Annual report of the Punjab Veterinary College and of the Civil Veterinary Department, Punjab - 1926-1932
Year: 1926
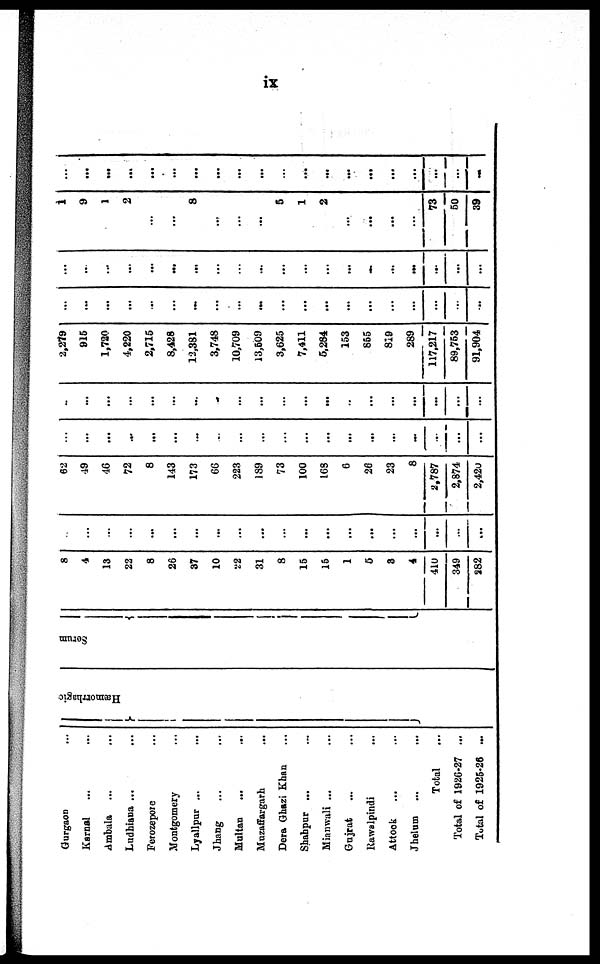
ix
Gurgaon ...
Karnal ... ...
Ambala ... ...
Ludhiana ... ...
Ferozepore ...
Montgomery
Lyallpur ... ...
Jhang ... ...
Multan ... ...
Muzaffargarh ...
Dera Ghazi Khan ...
Shahpur ... ...
Mianwali ... ...
Gujrat ... ...
Rawalpindi ... ...
Attock ... ...
Jhelum ... ...
Total ...
Total of 1926-27 ...
Total of 1925-26 ...
Hæmorrhagic
Serum
8
4
13
22
8
26
37
10
22
31
8
15
15
1
5
3
4
410
349
282
...
...
...
...
...
...
...
...
...
...
...
...
...
...
...
...
...
...
...
...
62
49
46
72
8
143
173
66
223
189
73
100
168
6
26
23
8
2,787
2,874
2,420
...
...
...
...
...
...
...
...
...
...
...
...
...
...
...
...
...
...
...
...
...
...
...
...
...
...
...
...
...
...
...
...
...
...
...
...
...
...
...
...
2,279
915
1,720
4,220
2,715
8,428
12,381
3,748
10,709
13,509
3,625
7,411
5,284
153
855
819
289
117,217
89,753
91,904
...
...
...
...
...
...
...
...
...
...
...
...
...
...
...
...
...
...
...
...
...
...
...
...
...
...
...
...
...
...
...
...
...
...
...
...
...
...
...
1
9
1
2
...
...
8
...
...
...
5
1
2
...
...
...
...
73
50
39
...
...
...
...
...
...
...
...
...
...
...
...
...
...
...
...
...
...
...
...